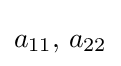
a_{11},\,a_{22}